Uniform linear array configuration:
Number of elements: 16
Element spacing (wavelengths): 0.5
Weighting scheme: uniform
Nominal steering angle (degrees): -45
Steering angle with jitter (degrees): -44.763
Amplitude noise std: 0.05
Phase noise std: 0.05

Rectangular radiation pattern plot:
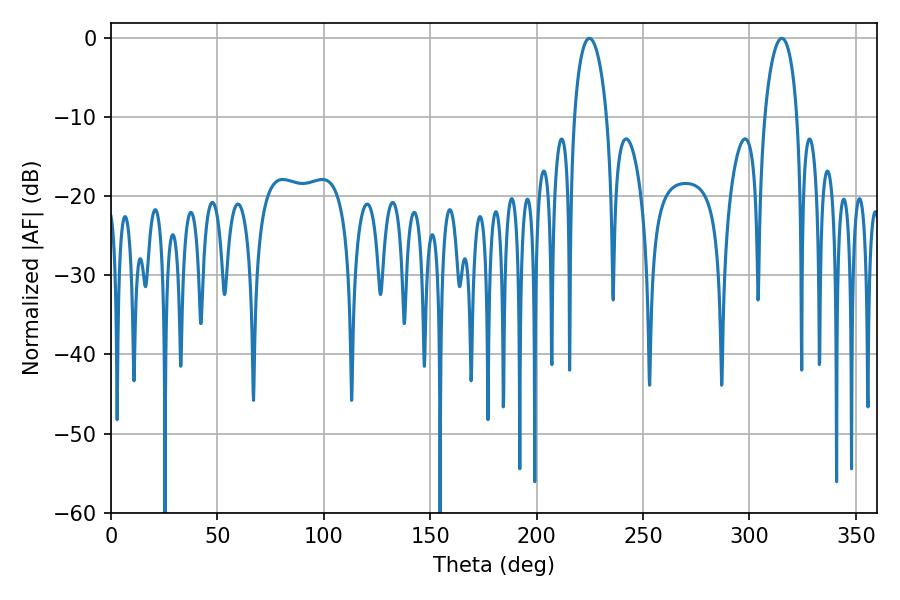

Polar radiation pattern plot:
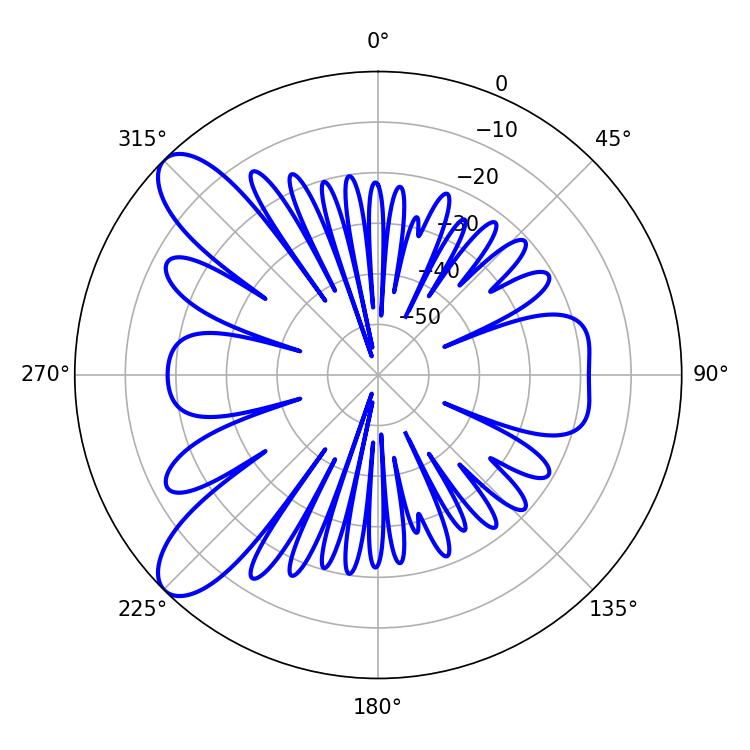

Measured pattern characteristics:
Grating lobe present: FALSE
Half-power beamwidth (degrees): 8.64
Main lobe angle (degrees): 224.82